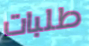
طلبات